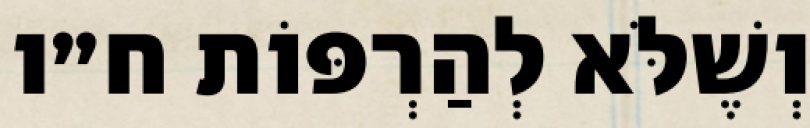
וְשֶׁלֹּא לְהַרְפּוֹת ח״ו